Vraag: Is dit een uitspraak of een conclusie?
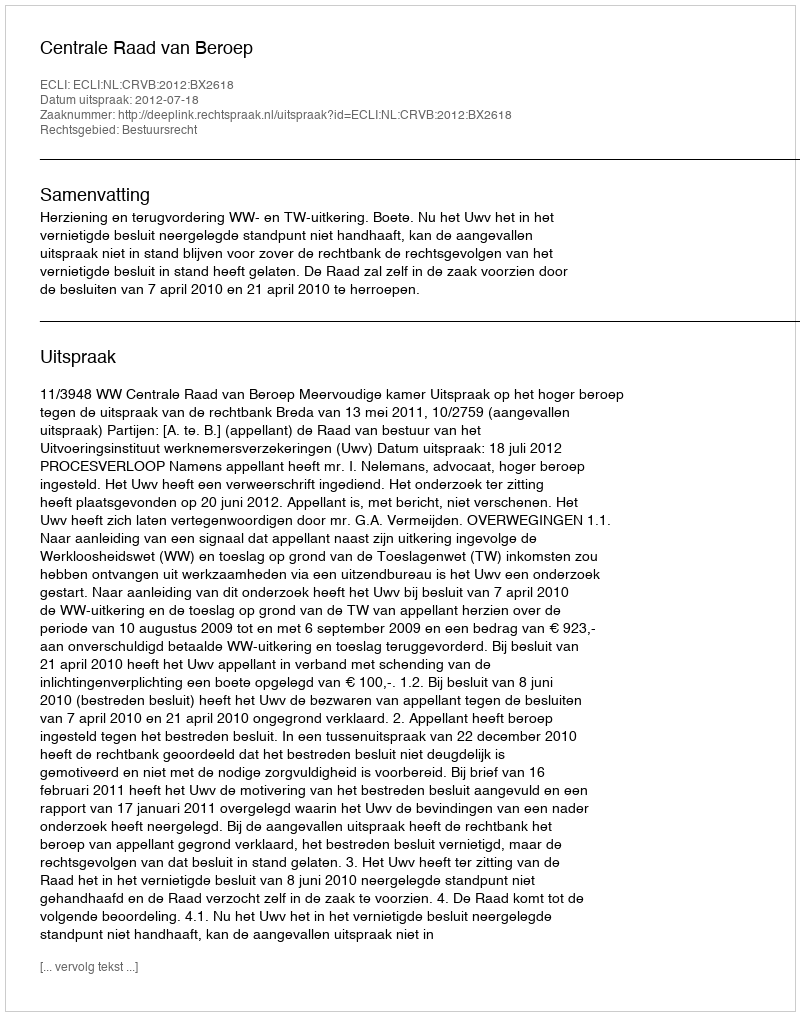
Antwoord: Uitspraak